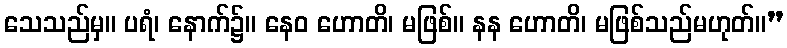
သေသည်မှ။ ပရံ၊ နောက်၌။ နေဝ ဟောတိ၊ မဖြစ်။ နန ဟောတိ၊ မဖြစ်သည်မဟုတ်။”